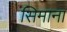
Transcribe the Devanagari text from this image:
सिमाना